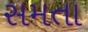
સમતા